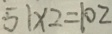
5 1 \times 2 = 1 0 2